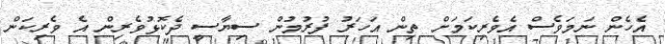
އެހެން ނަމަވެސް އެވެރިކަމަށް ތިން އަހަރު ފުރުމުން ސިޔާސީ ދެކޮޅުވެރިން އެ ވެރިކަން